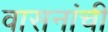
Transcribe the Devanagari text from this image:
वासनांची